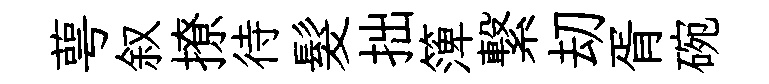
萼叙撩待髮拙𥱼繋刧胥碗